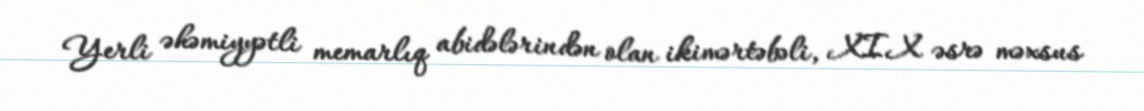
Yerli əhəmiyyətli memarlıq abidələrindən olan ikimərtəbəli, XIX əsrə məxsus